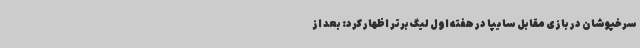
سرخپوشان در بازی مقابل سایپا در هفته اول لیگ برتر اظهار کرد: بعد از